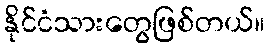
နိုင်ငံသားတွေဖြစ်တယ်။